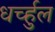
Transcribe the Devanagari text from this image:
धर्च्हुल